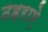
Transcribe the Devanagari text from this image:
ठहराऐ